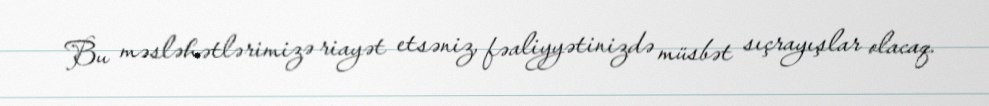
Bu məsləhətlərimizə riayət etsəniz, fəaliyyətinizdə müsbət sıçrayışlar olacaq.